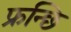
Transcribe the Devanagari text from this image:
फ्रन्छि